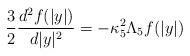
LaTeX: \begin{align*}{3 \over 2}{d^2 f(|y|) \over d|y|^2}=-\kappa^2_5\Lambda_5 f(|y|)\end{align*}